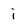
Character: i